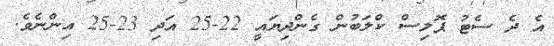
އެ ދެ ސެޓު ޕޮލިސް ކްލަބުން ގެންދިޔައީ 22-25 އަދި 23-25 އިންނެވެ.